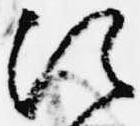
次